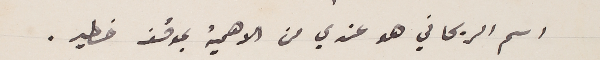
اسم الريحاني هو عندي من الاهمية بموقف خطير.